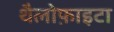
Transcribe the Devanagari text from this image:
थैलोफ़ाइटा